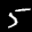
Label: 5